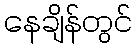
နေချိန်တွင်